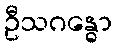
ဦသဂန္ဓော